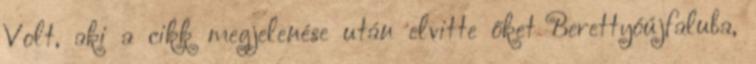
Volt, aki a cikk megjelenése után elvitte őket Berettyóújfaluba,